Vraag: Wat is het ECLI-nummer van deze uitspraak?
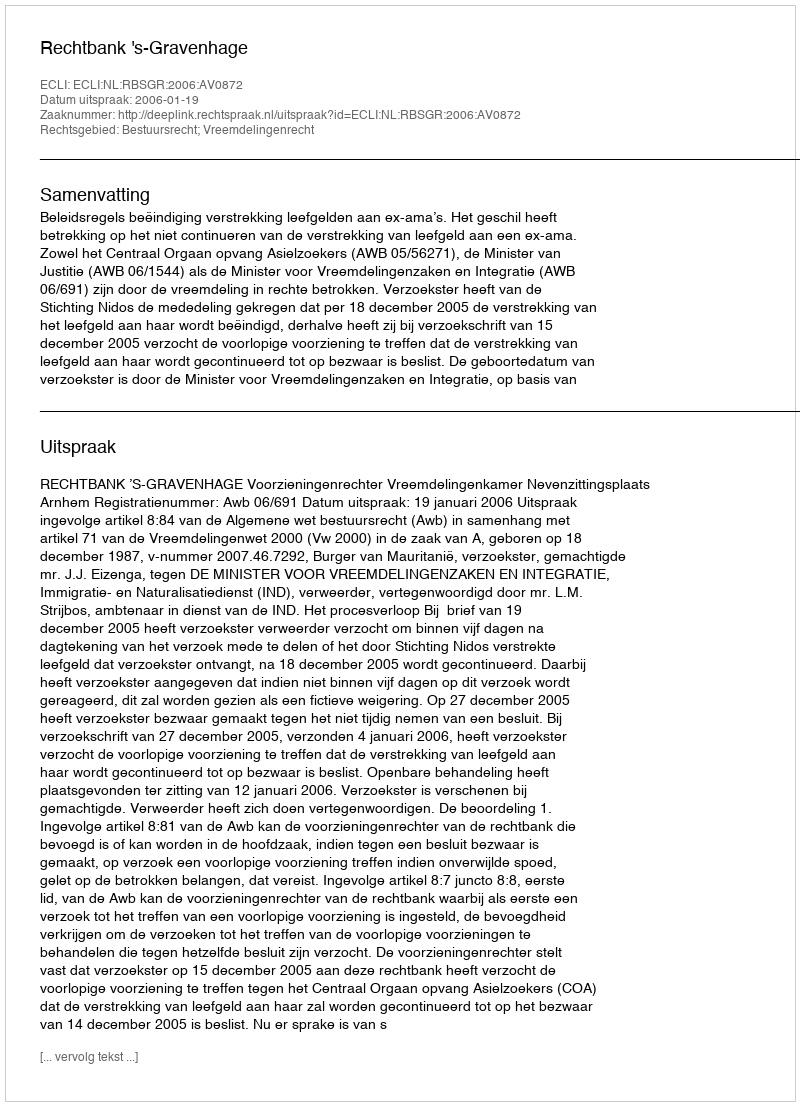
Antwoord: ECLI:NL:RBSGR:2006:AV0872